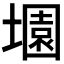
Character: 𡑰